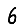
Digit: 6